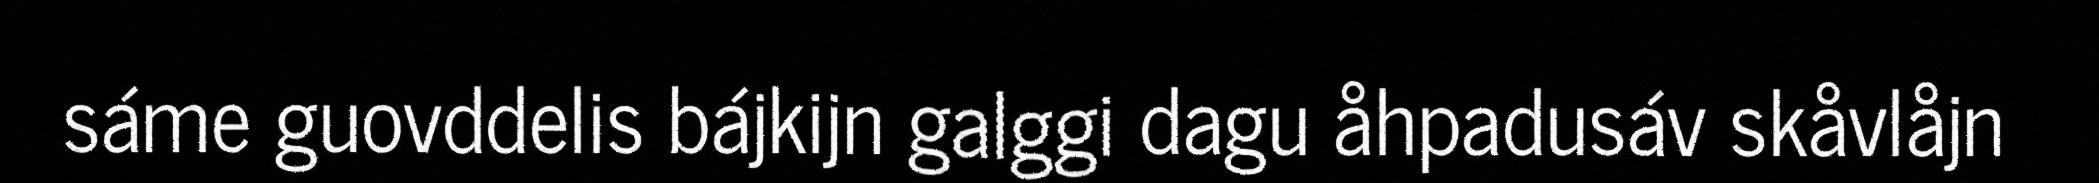
sáme guovddelis bájkijn galggi dagu åhpadusáv skåvlåjn